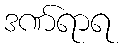
ဒဏ်ရာရ